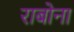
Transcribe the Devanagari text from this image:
राबोना